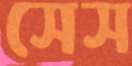
সেস